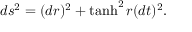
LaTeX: d s ^ { 2 } = ( d r ) ^ { 2 } + \operatorname { t a n h } ^ { 2 } r ( d t ) ^ { 2 } .